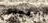
الحميمة